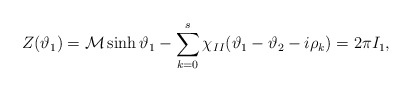
\begin{align*}Z(\vartheta _{1})={\cal M}\sinh \vartheta _{1}-\sum ^{s}_{k=0}\chi _{II}(\vartheta _{1}-\vartheta _{2}-i\rho _{k})=2\pi I_{1},\end{align*}